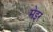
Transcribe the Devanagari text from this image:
मेइर